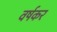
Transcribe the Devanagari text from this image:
वर्षकर